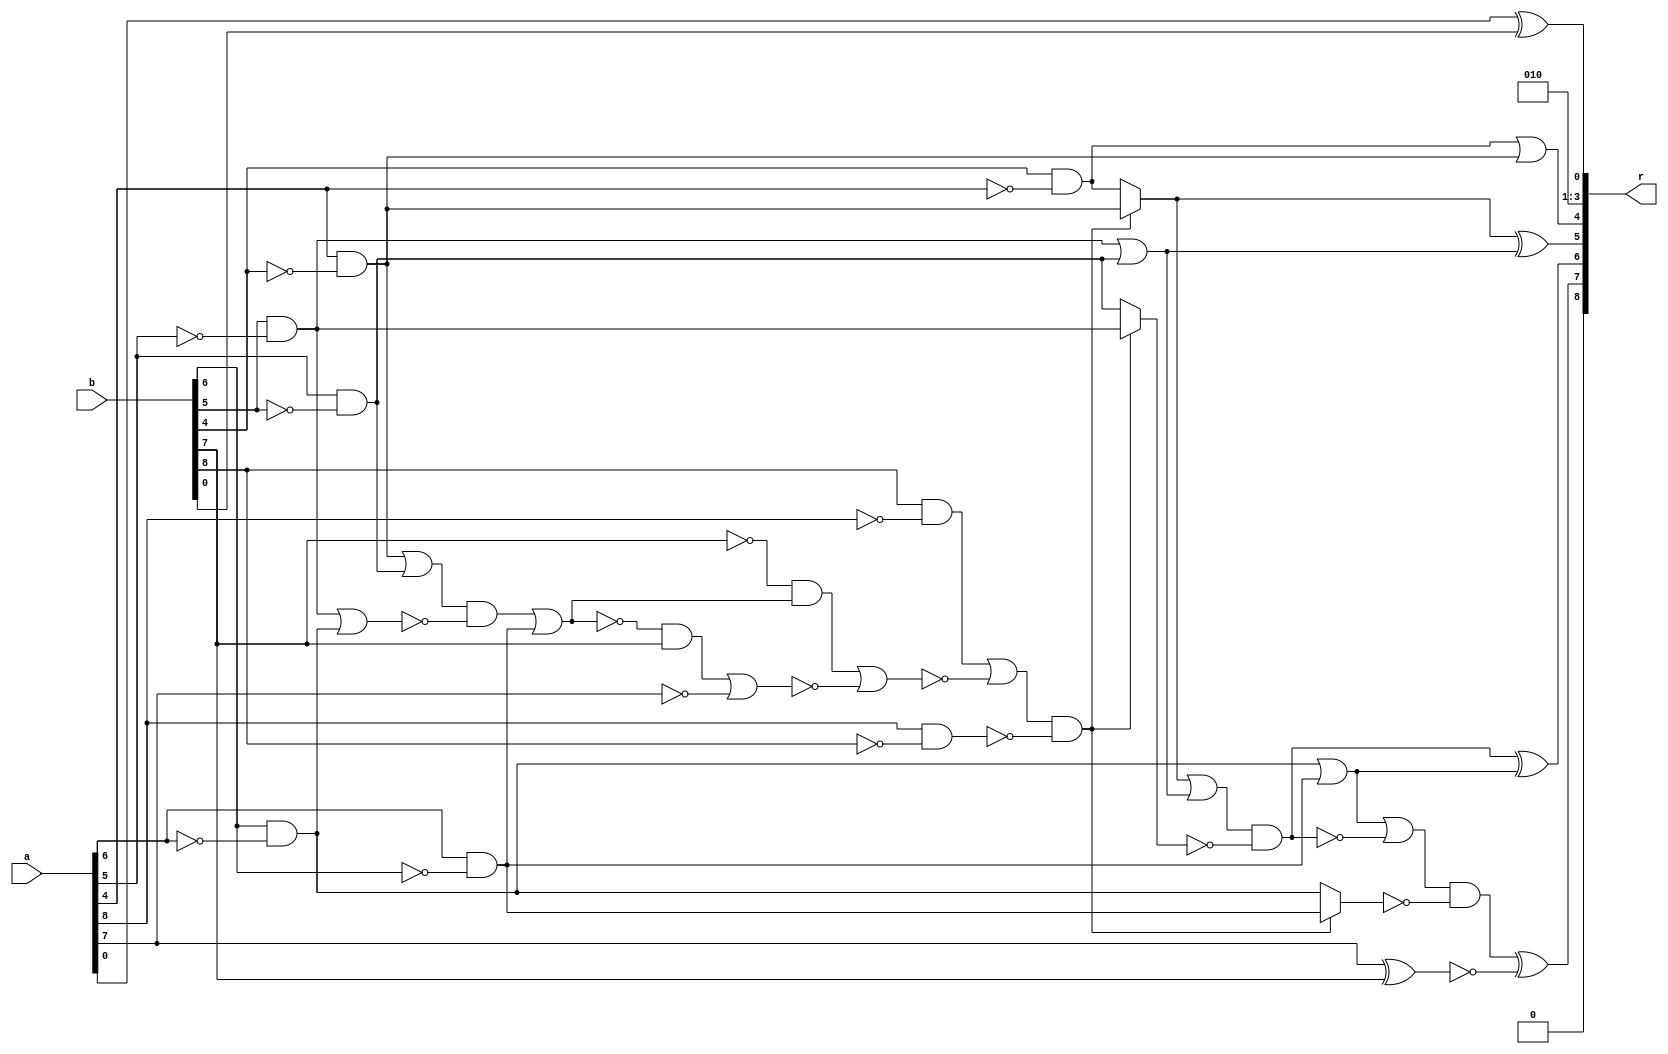
/* Generated by Yosys 0.9+4052 (git sha1 a5adb007, gcc 9.3.0-17ubuntu1~20.04 -fPIC -Os) */

module circ(a, b, r);
  wire _00_;
  wire _01_;
  wire _02_;
  wire _03_;
  wire _04_;
  wire _05_;
  wire _06_;
  wire _07_;
  wire _08_;
  wire _09_;
  wire _10_;
  wire _11_;
  wire _12_;
  wire _13_;
  wire _14_;
  wire _15_;
  wire _16_;
  wire _17_;
  wire _18_;
  wire _19_;
  wire _20_;
  wire _21_;
  wire _22_;
  wire _23_;
  wire _24_;
  wire _25_;
  wire _26_;
  wire _27_;
  wire _28_;
  wire \U0.U0.DUT1.k0 ;
  wire \U0.U2.new_n35 ;
  wire \U0.po0 ;
  wire \U0.po4 ;
  wire \U0.po6 ;
  input [8:0] a;
  input [8:0] b;
  output [8:0] r;
  assign _00_ = a[6] & ~(b[6]);
  assign _01_ = b[6] & ~(a[6]);
  assign _02_ = _01_ | _00_;
  assign _03_ = a[5] & ~(b[5]);
  assign _04_ = b[5] & ~(a[5]);
  assign _05_ = _04_ | _03_;
  assign _06_ = a[4] & ~(b[4]);
  assign _07_ = b[4] & ~(a[4]);
  assign _08_ = ~b[7];
  assign _09_ = _06_ | _03_;
  assign _10_ = _04_ | _01_;
  assign _11_ = _09_ & ~(_10_);
  assign _12_ = ~(_11_ | _00_);
  assign _13_ = _12_ & ~(_08_);
  assign _14_ = _13_ | ~(a[7]);
  assign _15_ = _08_ & ~(_12_);
  assign _16_ = _15_ | ~(_14_);
  assign _17_ = b[8] & ~(a[8]);
  assign _18_ = _17_ | ~(_16_);
  assign _19_ = a[8] & ~(b[8]);
  assign _20_ = _18_ & ~(_19_);
  assign _21_ = _20_ ? _06_ : _07_;
  assign _22_ = _21_ | _05_;
  assign _23_ = _20_ ? _04_ : _03_;
  assign _24_ = _22_ & ~(_23_);
  assign \U0.po6  = _24_ ^ _02_;
  assign \U0.po4  = _07_ | _06_;
  assign \U0.po0  = a[0] ^ b[0];
  assign \U0.U2.new_n35  = _21_ ^ _05_;
  assign _25_ = ~(a[7] ^ b[7]);
  assign _26_ = _02_ | ~(_24_);
  assign _27_ = _20_ ? _00_ : _01_;
  assign _28_ = _26_ & ~(_27_);
  assign \U0.U0.DUT1.k0  = _28_ ^ _25_;
  assign r = { 1'h0, \U0.U0.DUT1.k0 , \U0.po6 , \U0.U2.new_n35 , \U0.po4 , 3'h2, \U0.po0  };
endmodule